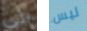
آتى ليس